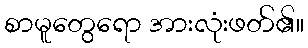
စာမူတွေရော အားလုံးဖတ်၏။